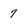
Character: 7